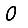
Digit: 0